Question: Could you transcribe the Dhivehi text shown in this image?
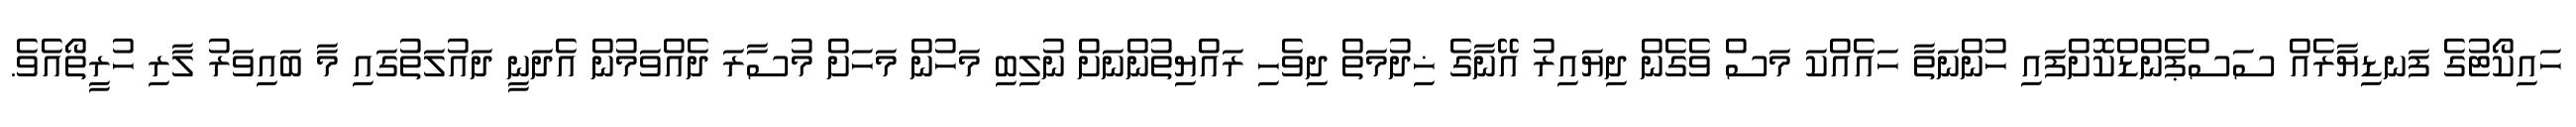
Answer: ހައިކޯޓުގެ ފަނޑިޔާރެއް ސަސްޕެންޑްކޮށްފައި ހުންނަތާ ހައެއްކަ މަސް ވެގެން ދިޔައިރު އޭނާގެ ޚިދުމަތް ދިވެހި ރައްޔިތުންނަށް ނުލިބި މަހުން މަހަށް މުސާރަ ދެއްވަމުން އެދަނީ ދައުލަތުގައި މާ ބައިވަރު ލާރި ހުރީތޯއެވެ.